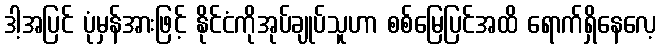
ဒါ့အပြင် ပုံမှန်အားဖြင့် နိုင်ငံကိုအုပ်ချုပ်သူဟာ စစ်မြေပြင်အထိ ရောက်ရှိနေလေ့